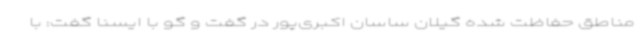
مناطق حفاظت شده گیلان ساسان اکبری‌پور در گفت و گو با ایسنا گفت: با